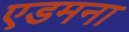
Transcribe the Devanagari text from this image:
एडमना